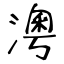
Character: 澚